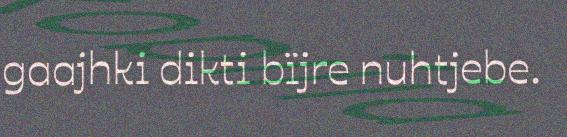
gaajhki dikti bïjre nuhtjebe.